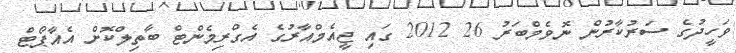
ވަހީދުގެ ސަރުކާރުން ނޮވެމްބަރު 26 2012 ގައި ޖީއެމްއާރުގެ އެގްރިމެންޓް ބާތިލްކޮށް އެއާޕޯޓް